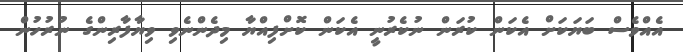
އެއްވެސް ބަޔަކަށް އެކަން ކުރަން ނުކެރުނީ އެކަން ކޮށްފިއްޔާ މިދެންނެވި ވިޔާފާރިންގެ ނުރުހުން